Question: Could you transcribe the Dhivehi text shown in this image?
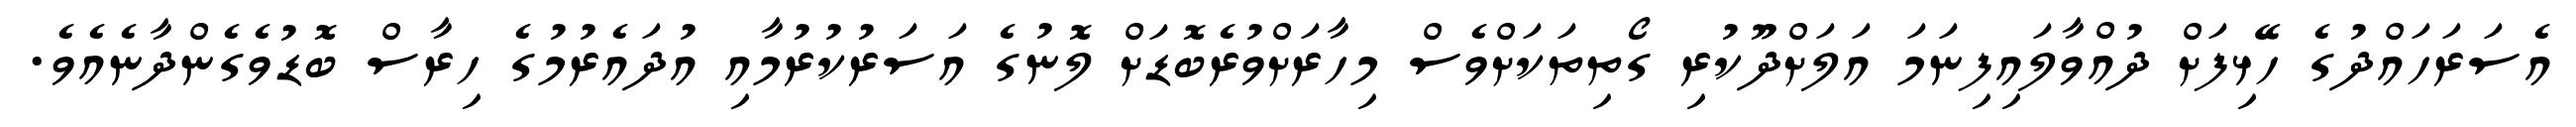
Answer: އެސަރަހައްދުގެ ހޭޅިފަށް ދުއްވާލައިފިނަމަ އަލަށްދޫކުރި ގޯތިތަކަށްވެސް މިހާރަށްވުރެބޮޑަށް ލޮނުގެ އަސަރުކުރުމާއި އުދައެރުމުގެ ހިރާސް ބޮޑުވެގެންދާނެއެވެ.